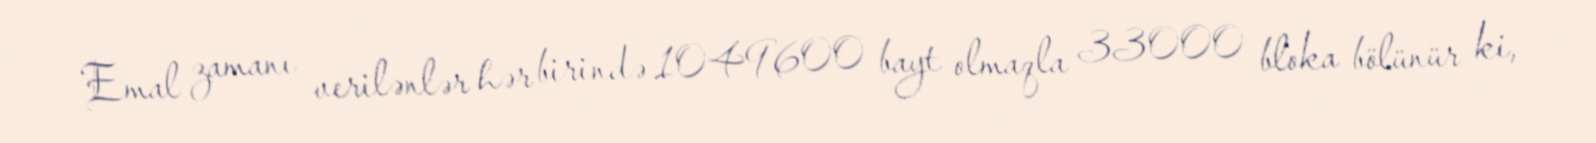
Emal zamanı verilənlər hər birində 1049600 bayt olmaqla 33000 bloka bölünür ki,